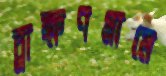
ব্রাক্ষণগ্রামে